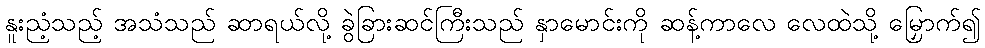
နူးညံ့သည့် အသံသည် ဆာရယ်လို့ ခွဲခြားဆင်ကြီးသည် နှာမောင်းကို ဆန့်ကာလေ လေထဲသို့ မြှောက်၍